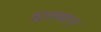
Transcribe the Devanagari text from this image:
दारम्यान